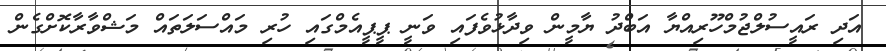
އަދި ރައީސުލްޖުމްހޫރިއްޔާ އަބްދު ޔާމީން ވިދާޅުވެފައި ވަނީ ޕީޕީއެމްގައި ހުރި މައްސަލަތައް މަޝްވާރާކޮށްގެން